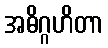
အဓိဂ္ဂဟိတာ